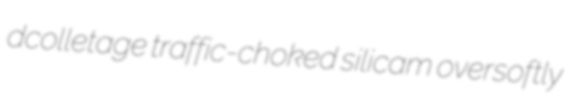
dcolletage traffic-choked silicam oversoftly